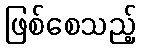
ဖြစ်စေသည့်